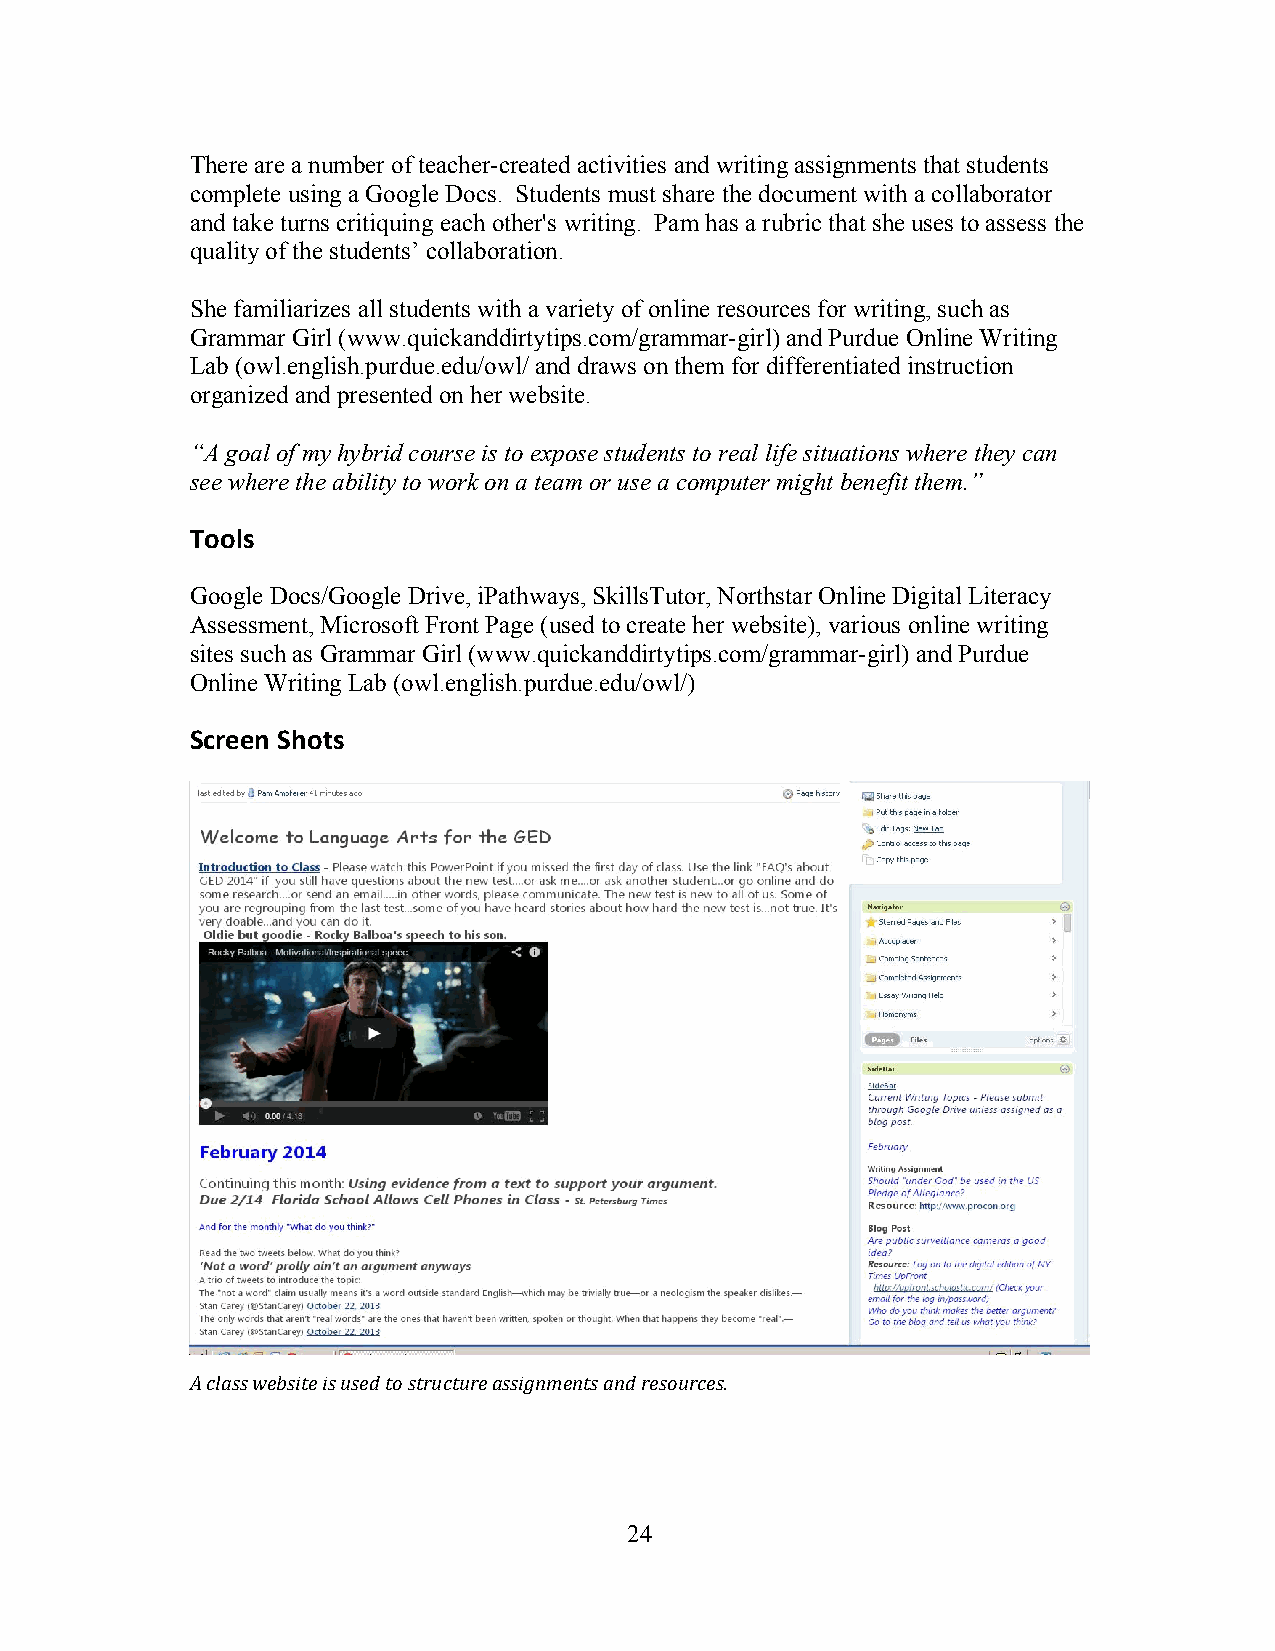
There are a number of teacher-created activities and writing assignments that students
 complete using a Google Docs. Students must share the document with a collaborator
 and take turns critiquing each other's writing. Pam has a rubric that she uses to assess the
 quality of the students’ collaboration.
 She familiarizes all students with a variety of online resources for writing, such as
 Grammar Girl (www.quickanddirtytips.com/grammar-girl) and Purdue Online Writing
 Lab (owl.english.purdue.edu/owl/ and draws on them for differentiated instruction
 organized and presented on her website.
 “A goal of my hybrid course is to expose students to real life situations where they can
 see where the ability to work on a team or use a computer might benefit them.”
 Tools
 Google Docs/Google Drive, iPathways, SkillsTutor, Northstar Online Digital Literacy
 Assessment, Microsoft Front Page (used to create her website), various online writing
 sites such as Grammar Girl (www.quickanddirtytips.com/grammar-girl) and Purdue
 Online Writing Lab (owl.english.purdue.edu/owl/)
 Screen Shots
 A class website is used to structure assignments and resources.
 2 4